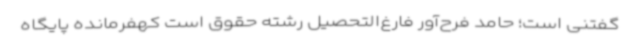
گفتنی است؛ حامد فرح‌آور فارغ‌التحصیل رشته حقوق است کهفرمانده پایگاه